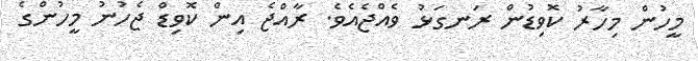
މީހުން މިހާރު ކޮވިޑުން ރަނގަޅު ވެއްޖެއެވެ. ރާއްޖެ އިން ކޮވިޑް ޖެހުނު މީހުންގެ